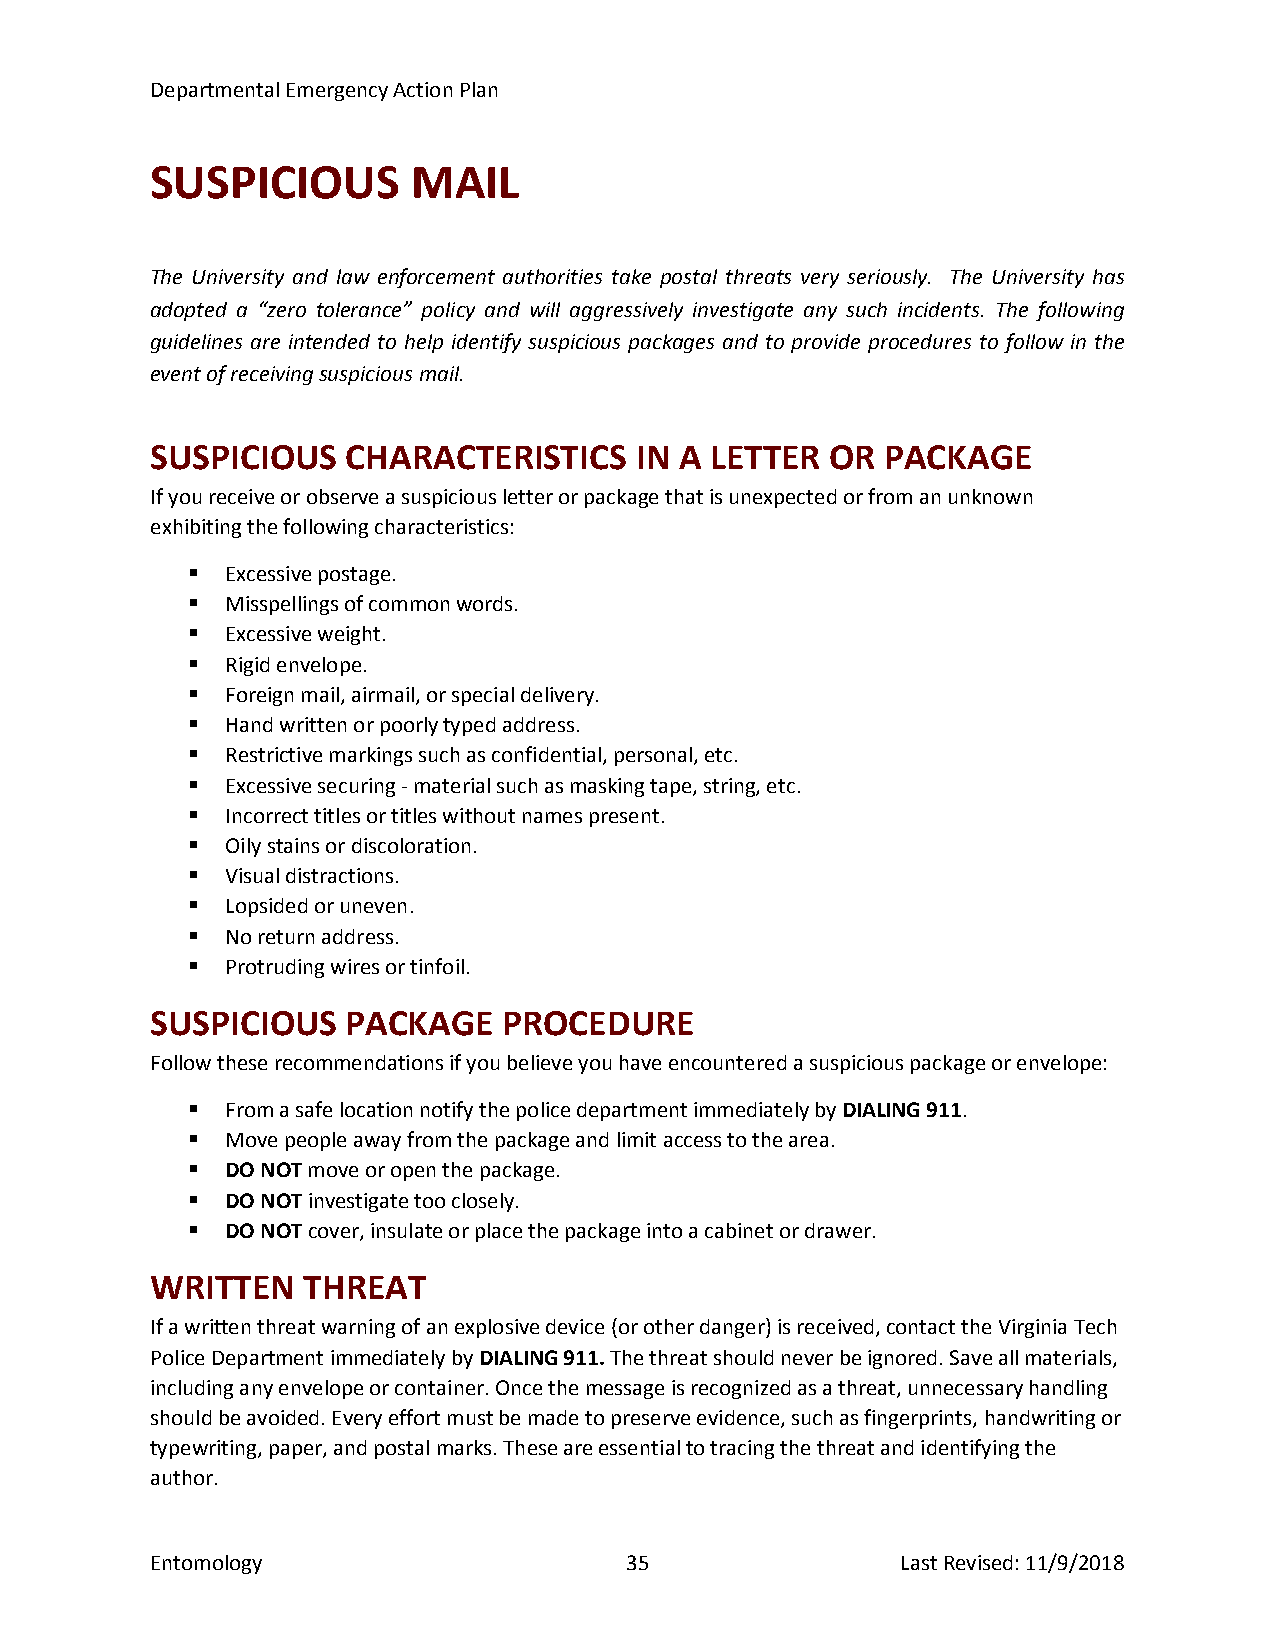
Departmental Emergency Action Plan
 SUSPICIOUS       MAIL
 The University and law enforcement authorities take postal threats very seriously. The University has
 adopted a “zero tolerance” policy and will aggressively investigate any such incidents. The following
 guidelines are intended to help identify suspicious packages and to provide procedures to follow in the
 event of receiving suspicious mail.
 SUSPICIOUS   CHARACTERISTICS    IN A LETTER  OR  PACKAGE
 If you receive or observe a suspicious letter or package that is unexpected or from an unknown
 exhibiting the following characteristics:
   Excessive postage.
   Misspellings of common words.
   Excessive weight.
   Rigid envelope.
   Foreign mail, airmail, or special delivery.
   Hand written or poorly typed address.
   Restrictive markings such as confidential, personal, etc.
   Excessive securing - material such as masking tape, string, etc.
   Incorrect titles or titles without names present.
   Oily stains or discoloration.
   Visual distractions.
   Lopsided or uneven.
   No return address.
   Protruding wires or tinfoil.
 SUSPICIOUS   PACKAGE   PROCEDURE
 Follow these recommendations if you believe you have encountered a suspicious package or envelope:
   From a safe location notify the police department immediately by DIALING 911.
   Move people away from the package and limit access to the area.
   DO NOT move or open the package.
   DO NOT investigate too closely.
   DO NOT cover, insulate or place the package into a cabinet or drawer.
 WRITTEN   THREAT
 If a written threat warning of an explosive device (or other danger) is received, contact the Virginia Tech
 Police Department immediately by DIALING 911. The threat should never be ignored. Save all materials,
 including any envelope or container. Once the message is recognized as a threat, unnecessary handling
 should be avoided. Every effort must be made to preserve evidence, such as fingerprints, handwriting or
 typewriting, paper, and postal marks. These are essential to tracing the threat and identifying the
 author.
 Entomology                     35                 Last Revised: 11/9/2018